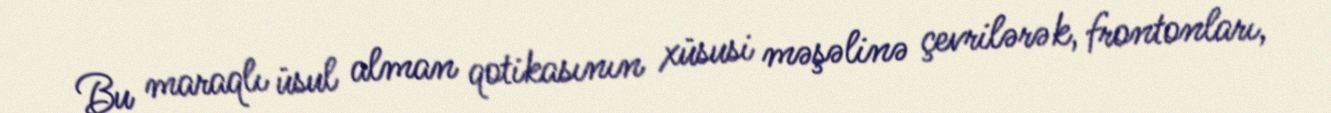
Bu maraqlı üsul alman qotikasının xüsusi məşəlinə çevrilərək, frontonları,